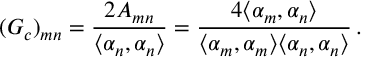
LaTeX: ( G _ { c } ) _ { m n } = { \frac { 2 A _ { m n } } { \langle \alpha _ { n } , \alpha _ { n } \rangle } } = \frac { 4 \langle \alpha _ { m } , \alpha _ { n } \rangle } { \langle \alpha _ { m } , \alpha _ { m } \rangle \langle \alpha _ { n } , \alpha _ { n } \rangle } \, .